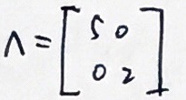
\Lambda = \begin{bmatrix} 5 & 0 \\ 0 & 2 \end{bmatrix}